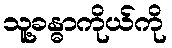
သူ့ခန္ဓာကိုယ်ကို